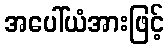
အပေါ်ယံအားဖြင့်